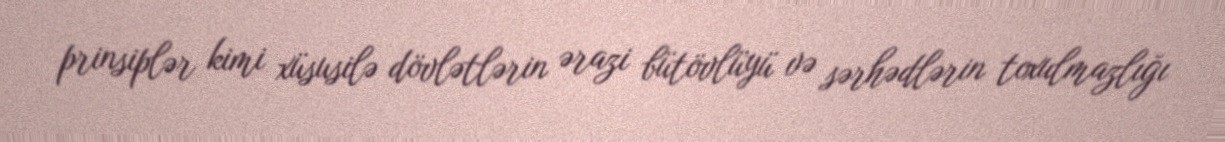
prinsiplər kimi xüsusilə dövlətlərin ərazi bütövlüyü və sərhədlərin toxulmazlığı